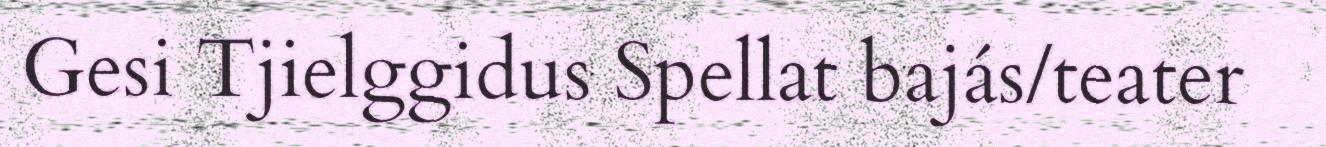
Gesi Tjielggidus Spellat bajás/teater